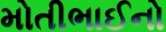
મોતીભાઈનો